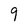
Character: 9